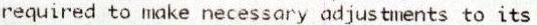
REQUIRED TO MAKE NECESSARY ADJUSTMENTS TO ITS